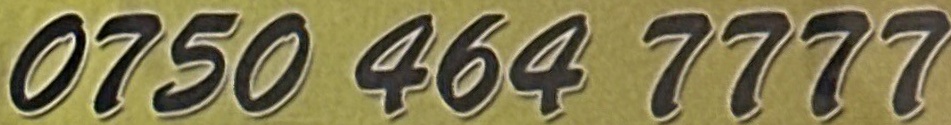
0750 464 7777